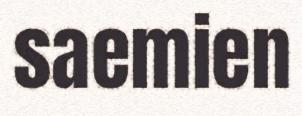
saemien